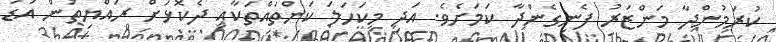
ކުރަމުންދާ މަންޒަރު ފެނިގެންދާ ކަމަށެވެ. އަދި މިކަހަލަ ކަންތައްތަކާއި ދެކޮޅަށް ރައްޔިތުން އަޑު